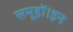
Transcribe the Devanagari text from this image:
समूहों।इन